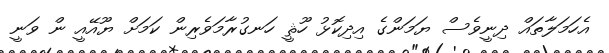
އެހަމަލާތައް ދިނީވެސް ޔަމަންގެ އިދިކޮޅު ހޫޘީ ހަނގުރާމަވެރިން ކަމަށް ޔޫއޭއީ ން ވަނީ